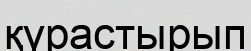
қүрастырып